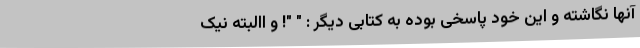
آنها نگاشته و این خود پاسخی بوده به کتابی دیگر : " "‌! و االبته نیک